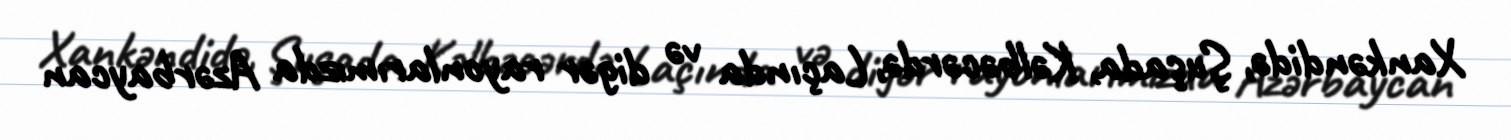
Xankəndidə, Şuşada, Kəlbəcərdə, Laçında və digər rayonlarımızda Azərbaycan